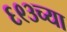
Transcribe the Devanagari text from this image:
६९३च्या